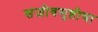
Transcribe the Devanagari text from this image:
सजीवसृष्टीचा